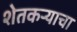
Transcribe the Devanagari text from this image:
शेतकऱ्याचा